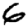
Digit: 6